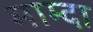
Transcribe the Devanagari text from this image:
माम्दा